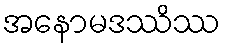
အနောမဒဿိဿ